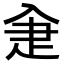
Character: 𤴘